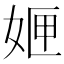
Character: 𭑻